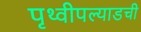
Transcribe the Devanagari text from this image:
पृथ्वीपल्याडची